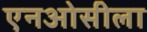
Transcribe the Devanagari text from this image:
एनओसीला